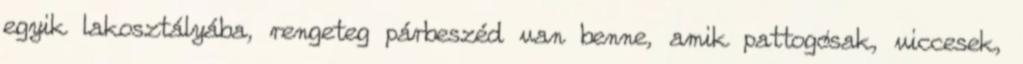
egyik lakosztályába, rengeteg párbeszéd van benne, amik pattogósak, viccesek,